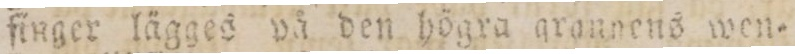
finger lägges på den högra grannens wen=